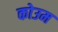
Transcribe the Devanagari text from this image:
कोउम